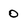
Character: O